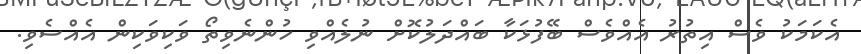
އެކަމަކު ވެސް އިތުރު އެއްވެސް ބޭފުޅަކާ ބައްދަލުކޮށް ނުލެއްވި ހުންނެވިތޯ ވަކިވަކިން އެއްސެވި.